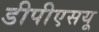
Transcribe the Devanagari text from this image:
डीपीएसयू